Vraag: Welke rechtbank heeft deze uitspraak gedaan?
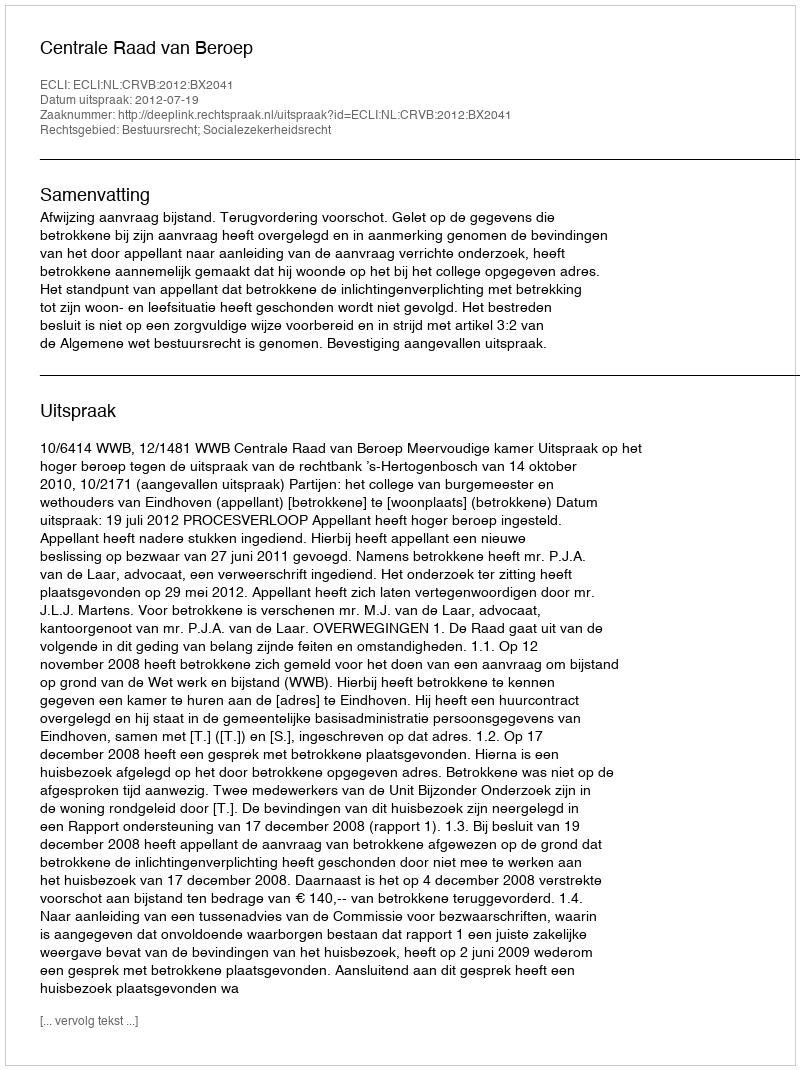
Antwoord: Centrale Raad van Beroep